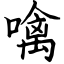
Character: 噙